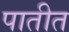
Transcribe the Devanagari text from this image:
पातीत